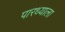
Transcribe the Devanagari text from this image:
पारध्याला